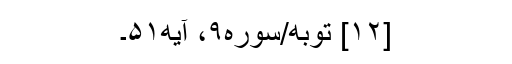
[۱۲] توبه/سوره۹، آیه۵۱۔